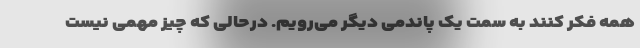
همه فکر کنند به سمت یک پاندمی دیگر می‌رویم. درحالی که چیز مهمی نیست